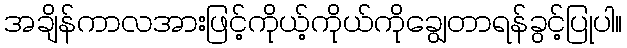
အချိန်ကာလအားဖြင့်ကိုယ့်ကိုယ်ကိုချွေတာရန်ခွင့်ပြုပါ။